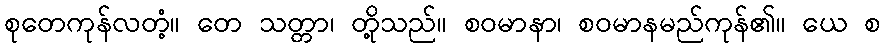
စုတေကုန်လတံ့။ တေ သတ္တာ၊ တို့သည်။ စဝမာနာ၊ စဝမာနမည်ကုန်၏။ ယေ စ